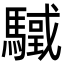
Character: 𩥳